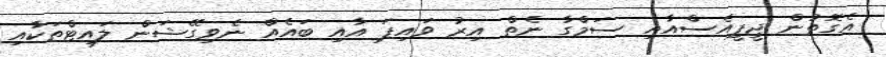
އެގޮތުން ޖީޕީއެސްއާއި ސަމްގާ ނެތް އިރު ވައިޕަ އާއި ބައެއް ނެވިގޭޝަން ލައިޓްތަކާއި